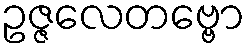
ဥဇ္ဇလေတဗ္ဗော